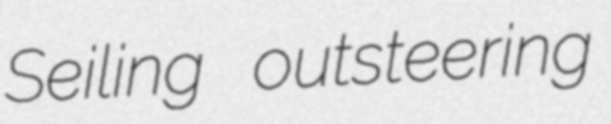
Seiling outsteering